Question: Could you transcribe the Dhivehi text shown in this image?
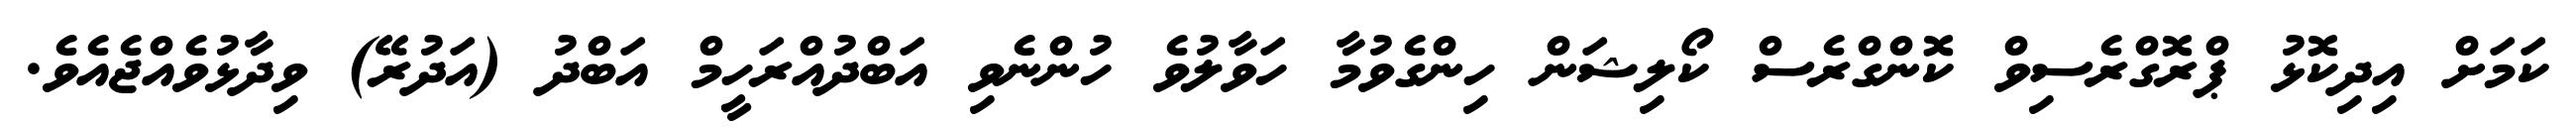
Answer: ކަމަށް އިދިކޮޅު ޕްރޮގްރެސިވް ކޮންގްރެސް ކޯލިޝަން ހިންގެވުމާ ހަވާލުވެ ހުންނެވި އަބްދުއްރަހީމް އަބްދު (އަދުރޭ) ވިދާޅުވެއްޖެއެވެ.